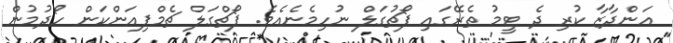
އަންދާޒާ ކުރި ދެ ޓީމު ތެރޭގައި ޕޯޗުގަލް ނުހިމެނެއެވެ. ޕޯޗްގަލް ޗެމްޕިއަންކަން ހޯދުމުން